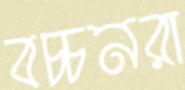
বচ্চনরা